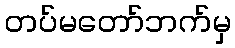
တပ်မတော်ဘက်မှ